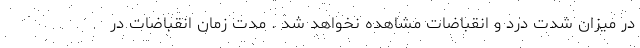
در میزان شدت درد و انقباضات مشاهده نخواهد شد . مدت زمان انقباضات در